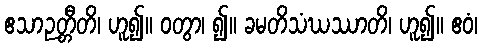
ဧသာဉတ္တီတိ၊ ဟူ၍။ ဝတွာ၊ ၍။ ခမတိသံဃဿာတိ၊ ဟူ၍။ ဧဝံ၊